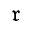
\mathfrak { r }